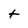
Character: t